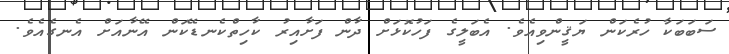
ސަބަބަކާ ހުރެކަން ޔަޤީންވިއެވެ. އެބަލީގެ ފަހުކޮޅަށް ދާން ފަށާއިރު ކާހިތްކެނޑޭކަން އޭނާއަށް އެނގެއެވެ.